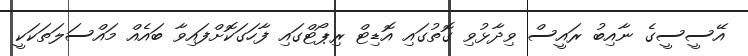
އޭސީސީގެ ނާއިބު ރައީސް ވިދާޅުވި ގޮތުގައި އޮޑިޓް ރިޕޯޓްގައި ފާހަގަކޮށްފައިވާ ބައެއް މައްސަލަތަކަކީ